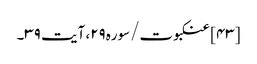
[۴۳] عنکبوت/سوره۲۹، آیت ۳۹۔